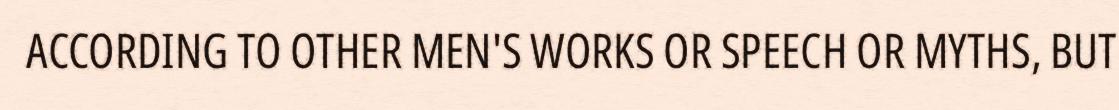
ACCORDING TO OTHER MEN'S WORKS OR SPEECH OR MYTHS, BUT